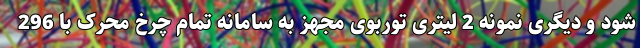
شود و دیگری نمونه 2 لیتری توربوی مجهز به سامانه تمام چرخ محرک با 296